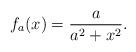
LaTeX: \begin{align*} f_{a}(x)=\dfrac{a}{a^2+x^2}.\end{align*}